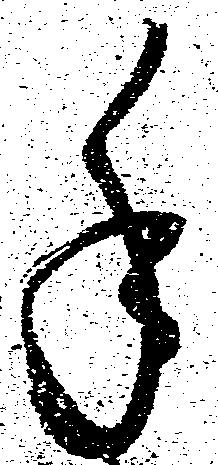
手